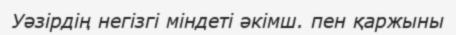
Уәзірдің негізгі міндеті әкімш. пен қаржыны